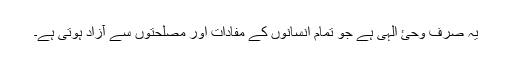
یہ صرف وحئ الہٰی ہے جو تمام انسانوں کے مفادات اور مصلحتوں سے آزاد ہوتی ہے۔